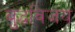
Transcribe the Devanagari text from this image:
बुद्धविजय